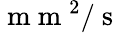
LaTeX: \mathrm{~m~m~}^{2}/\mathrm{~s~}